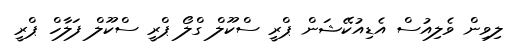
ލިވިން ވެލިއުސް އެޑިއުކޭޝަން ޕްރީ ސްކޫލް ގްލޯ ޕްރީ ސްކޫލް ފަލާހް ޕްރީ